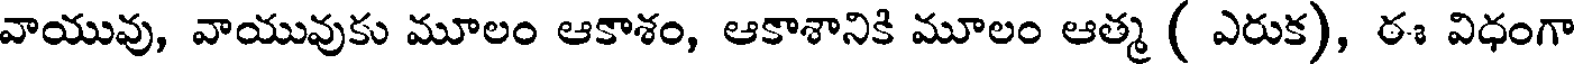
వాయువు, వాయువుకు మూలం ఆకాశం, ఆకాశానికి మూలం ఆత్మ ( ఎరుక), ఈ విధంగా